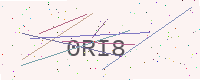
Text: 0RI8